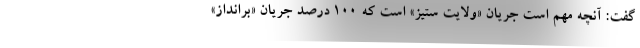
گفت: آنچه مهم است جریان «ولایت ستیز» است که ۱۰۰ درصد جریان «برانداز»